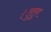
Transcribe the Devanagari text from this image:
।तुलुव